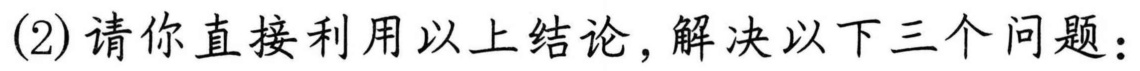
(2) 请你直接利用以上结论，解决以下三个问题：